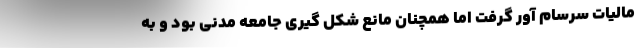
مالیات سرسام آور گرفت اما همچنان مانع شکل گیری جامعه مدنی بود و به